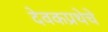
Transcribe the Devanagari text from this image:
देवकप्रथेचे